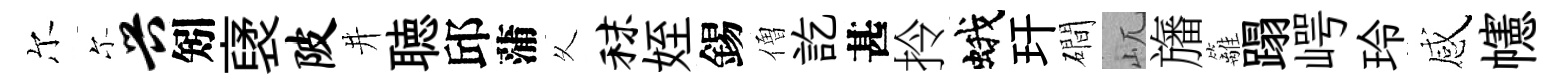
尔尓兴矧裦陂井聴邱蒲乆秣姪錫僧訖甚拎蛾玕磵屼旛籬蹋崿玲感幰